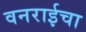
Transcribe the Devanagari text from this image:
वनराईचा